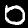
Label: 0